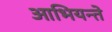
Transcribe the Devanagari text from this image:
आभियन्ते